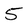
Character: 5